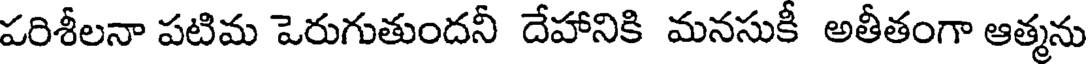
పరిశీలనా పటిమ పెరుగుతుందనీ దేహానికి మనసుకీ అతీతంగా ఆత్మను